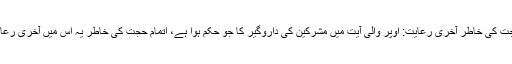
اتمام حجت کی خاطر آخری رعایت: اوپر والی آیت میں مشرکین کی داروگیر کا جو حکم ہوا ہے، اتمام حجت کی خاطر یہ اس میں آخری رعایت ہے۔